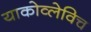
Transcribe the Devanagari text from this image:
याकोव्लेविच